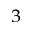
^ 3